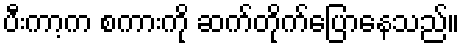
ပီးကာ့က စကားကို ဆက်တိုက်ပြောနေသည်။